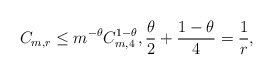
\begin{align*}C_{m,r} \le m^{-\theta} C_{m,4}^{1-\theta}, \frac{\theta}{2}+\frac{1-\theta}{4}=\frac{1}{r},\end{align*}